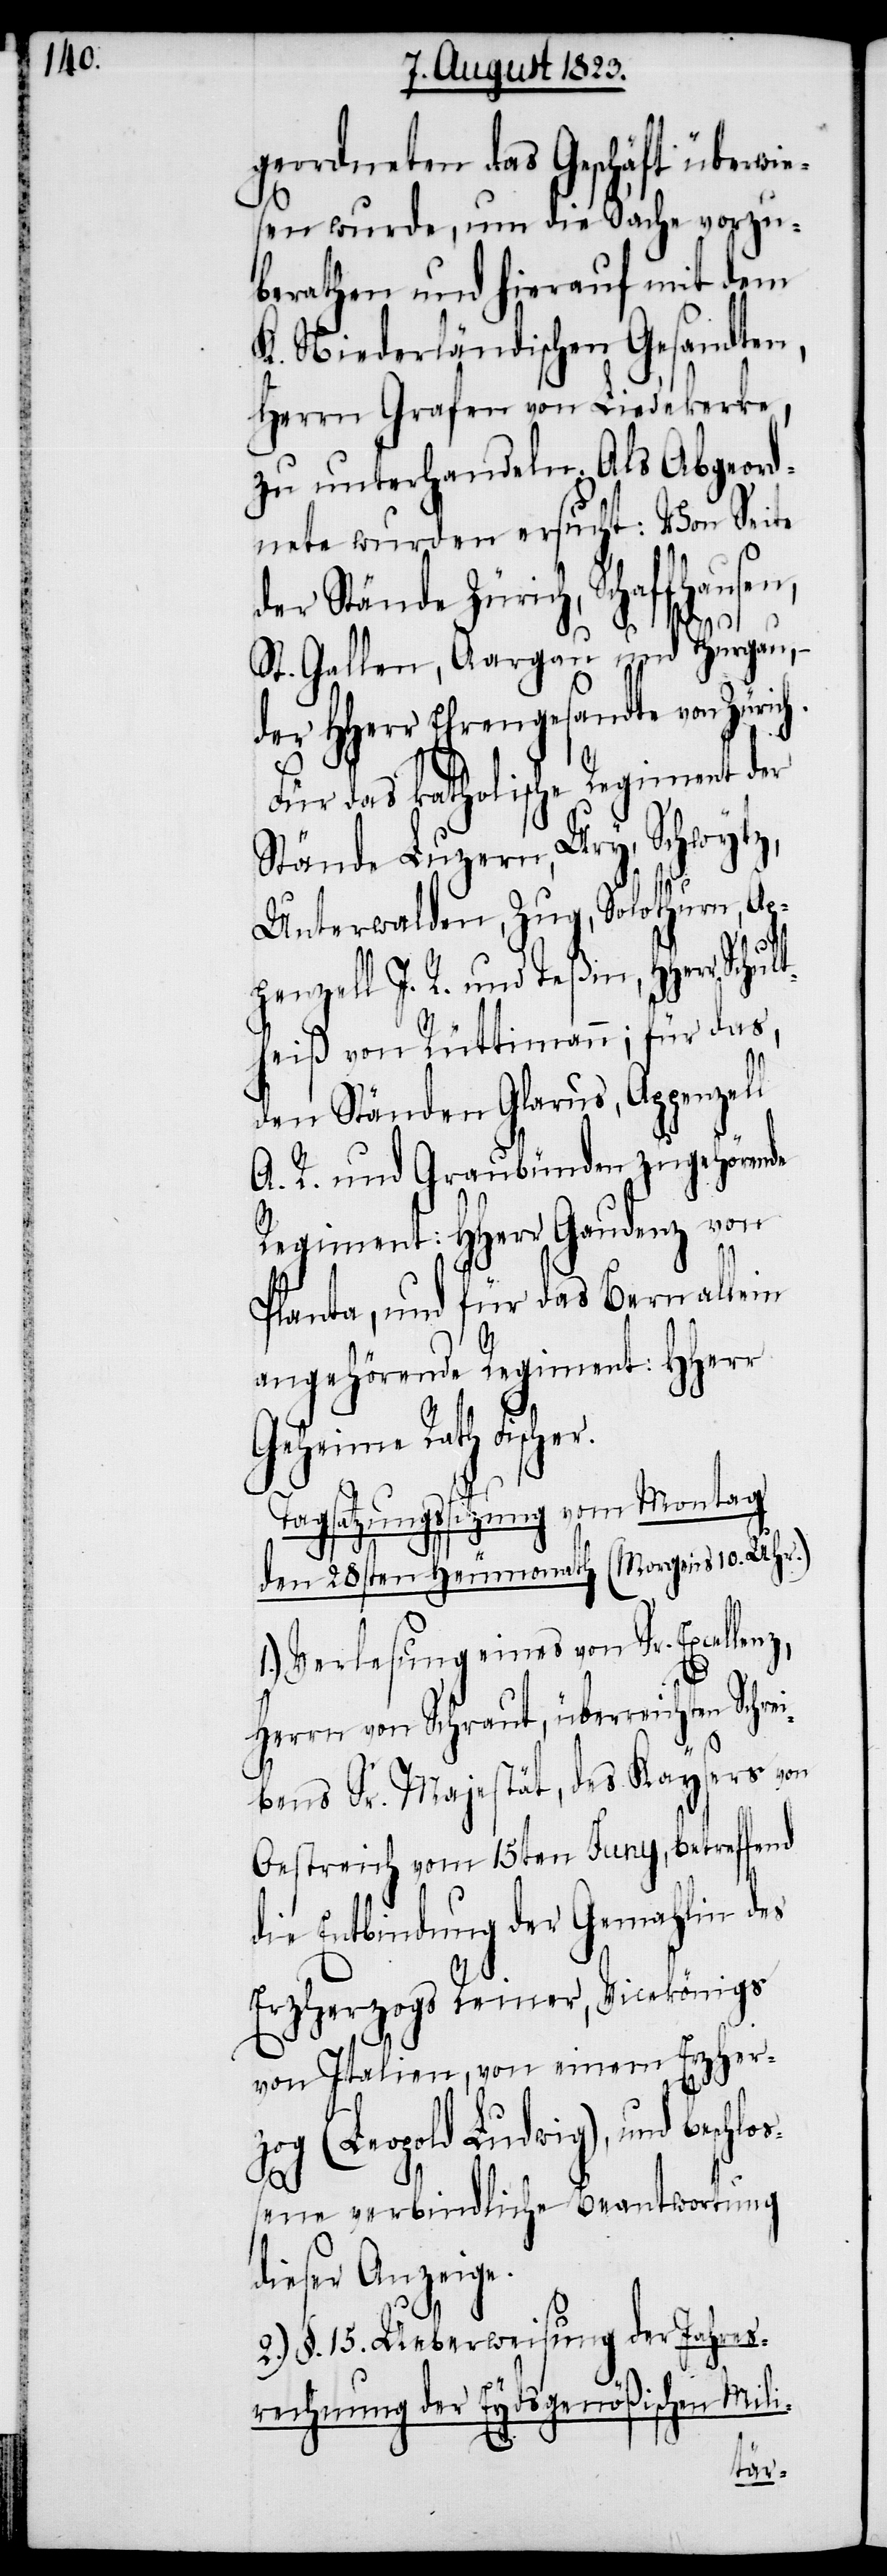
geordneten das Geschäft überwie¬
sen wurde, um die Sache vorzu¬
berathen und hierauf mit dem
K. Niederländischen Gesandten,
Herrn Grafen von Liedekerke,
zu unterhandeln. Als Abgeord¬
nete wurden ersucht: Von Seite
der Stände Zürich, Schaffhausen,
St. Gallen, Aargau und Thurgau,
der HHerr Ehrengesandte von Zürich.
Für das katholische Regiment der
Stände Luzern, Ury, Schwytz,
Unterwalden, Zug, Solothurn, Ap¬
penzell I. R. und Teßin, HHerr Schu¬
ltheiß von Rüttimann; für das,
den Ständen Glarus, Appenzell
A. R. und Graubünden zugehörende
Regiment: HHerr Gaudenz von
Planta, und für das Bern allein
angehörende Regiment: HHerr
Geheime Rath Fische¬
r.
Tagsatzungssitzung vom Montag
den 28sten Heumonath (Morgens 10. Uhr.)
1.) Verlesung eines von Sr. Excellenz,
Herrn von Schraut, überreichten Schre¬
ibens Sr. Majestät, des Kaysers von
Oestreich vom 15ten Juny, betreffend
die Entbindung der Gemahlin des
Erzherzogs Reiner, Vicekönigs
von Italien, von einem Erzher¬
zog (Leopold Ludwig), und beschl¬
oßene verbindliche Beantwortung
dieser Anzeige.
2.) §. 15. Ueberweisung der Jahres¬
rechnung der Eydsgenößischen Mili-